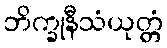
ဘိက္ခုနီသံယုတ္တံ